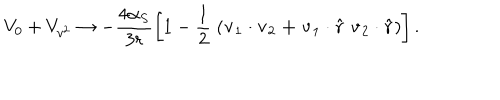
LaTeX: V _ { 0 } + V _ { v ^ { 2 } } \rightarrow - \frac { 4 \alpha _ { S } } { 3 r } \left[ 1 - \frac { 1 } { 2 } \; \left( \bf v _ { \mathrm { 1 } } \cdot v _ { \mathrm { 2 } } + v _ { \mathrm { 1 } } \cdot \hat { r } \; v _ { \mathrm { 2 } } \cdot \hat { r } \right) \right] .